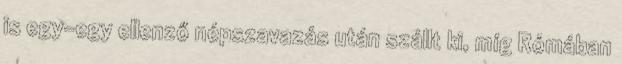
is egy-egy ellenző népszavazás után szállt ki, míg Rómában